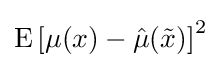
\operatorname {E} \left[\mu (x)-{\hat {\mu }}({\tilde {x}})\right]^{2}